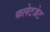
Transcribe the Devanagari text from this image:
फलेटजेट